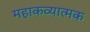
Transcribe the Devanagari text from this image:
महाकव्यात्मक